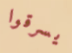
يسرقوا